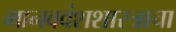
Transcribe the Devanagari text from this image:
मानववंशशास्त्राचा